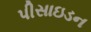
પીસાઇડન